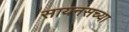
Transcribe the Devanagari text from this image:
सायनसच्या